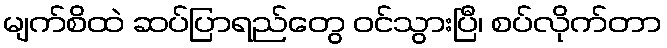
မျက်စိထဲ ဆပ်ပြာရည်တွေ ဝင်သွားပြီ၊ စပ်လိုက်တာ